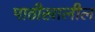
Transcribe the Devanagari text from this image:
पाठीखालील